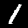
Label: 1